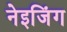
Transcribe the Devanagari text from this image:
नेइजिंग